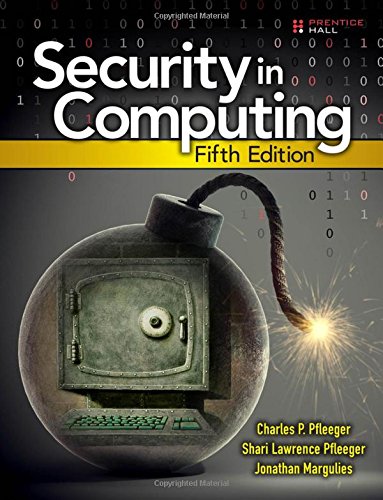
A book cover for Security in Computing (5th Edition); Charles P. Pfleeger; Computers & Technology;